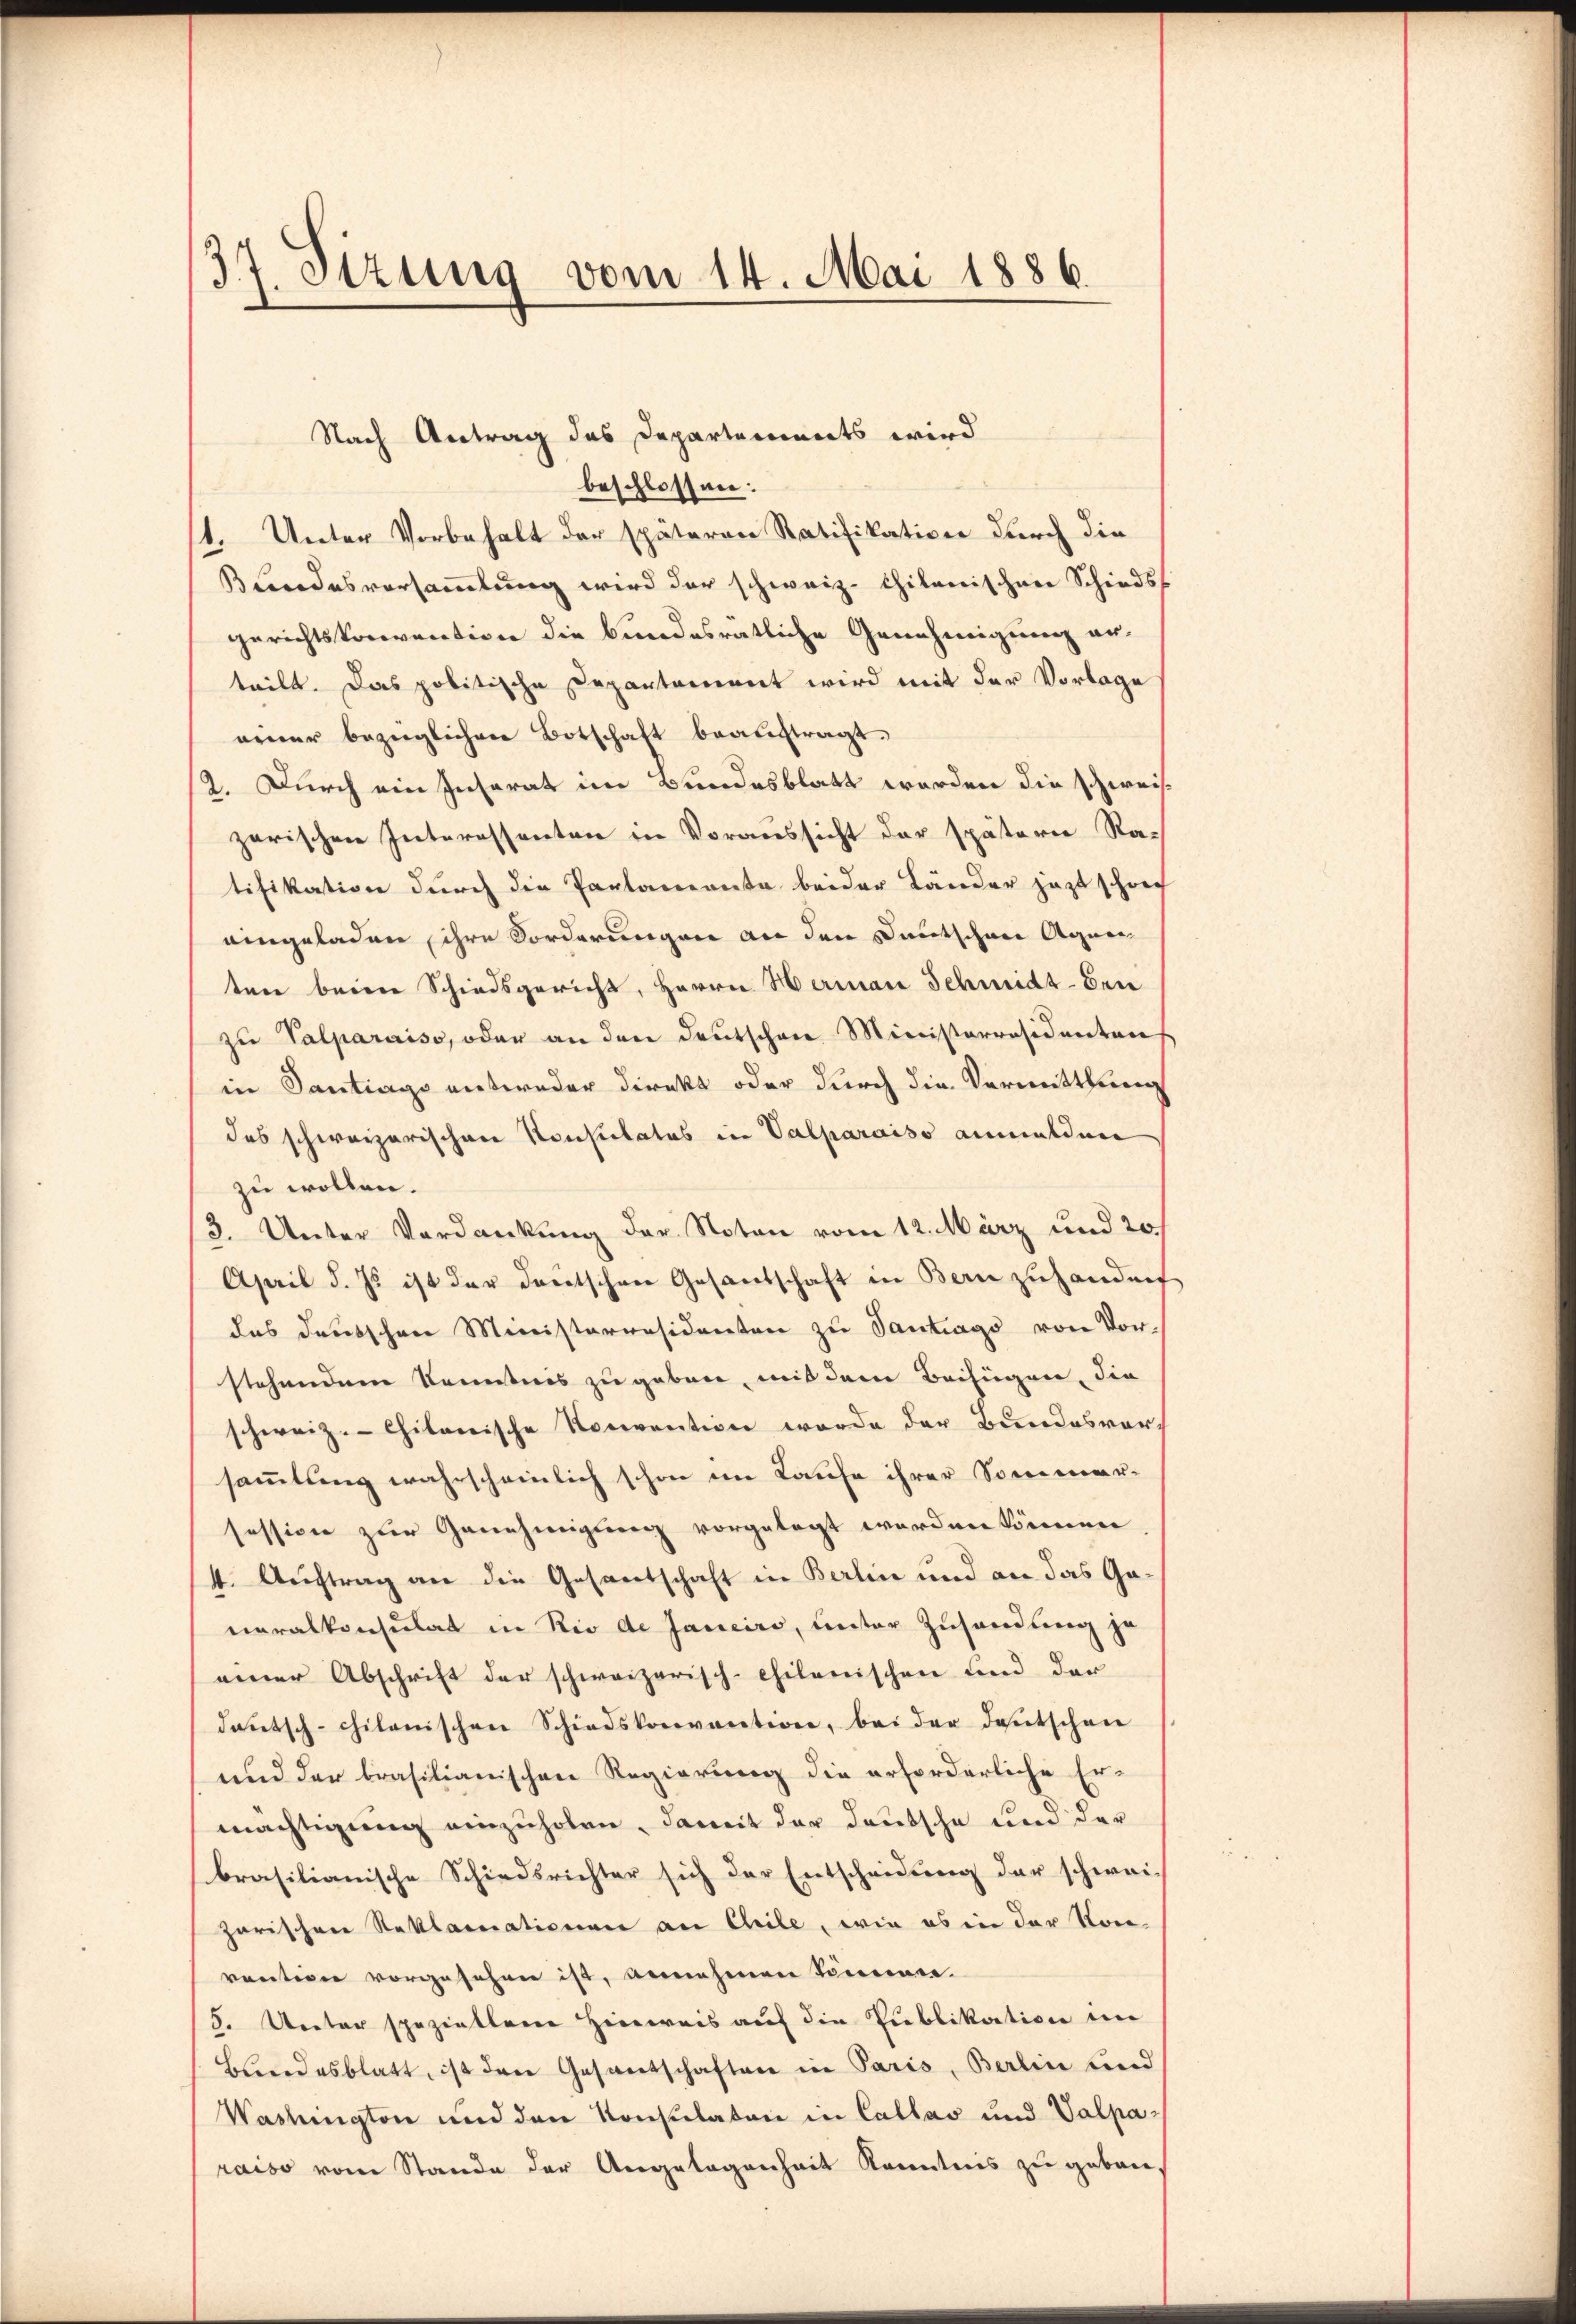
37. Stzung vom 14. Mai 1886.

Nach Antrag des Departennerts wird
beschlossen:
1. Unter Vorbehalt der späteren Ratifikation durch die
Bundesversammlung wird der schweiz. Chikanischen Schiedss
gerichtskonvention die bundesratliche Genehmigung erteilt. Das politische Departement wird mit der Vorlage
einer bezüglichen Botschaft beauftragt.
2. Durch ein Insarat im Bundesblatt werden die schweiszerischen Interessenten in Voraussicht der spätern Ratifikation durch die Parlamonta beider Länder jezt schwer
eingeladen, ihre Forderungen an den Deutschen Agneeten beim Schiedsgericht, Herrn Herman Schmidt-Bei
zŭ Valparaiso, oder an den deutschen Ministerräsidenten
in Santrags entweder Direkt oder durch die Vermittlung
des schweizerischen Konsulates in Valparaiso anmelden
zu wollen.
3. Unter Verdankung der Noten vom 12. März und 20.
April d. Js ist der deutschen Gesandschaft in Bern zuhanden
das deutschen Ministerresidenten zu Santrags von Vorstehendem Kenntnis zu geben, mit dem Beifügen, die
schweiz.-Chilonische Nonvention werde der Bundesvor-
sammlung wahrscheinlich schon im Laufe ihrer Sommer-
fession zur Genehmigung vorgelegt werden können
4. Auftrag an die Gesantschaft in Berlin und an das Ganeralkonsulat in Rio de Janeiro, unter Zusendung zu
einer Abschrift der schweizerisch-chilenischen und der
deutsch-chilanischen Schiedskonvention, bei der deutschen
und der brasilianischen Regierung die erforderliche Er-
mächtigung einzuholen, damit der deutsche und der
brasilianische Schiedsrichter sich der Entscheidung der schwei-
zarischen Reklamationen an Chrile, wie es in der Konvention vorgesehen ist, annehmen kommen.
5. Unter speziellene Hinweis auf die Publikation im
Blindesblatt, ist den Gesantschaften in Paris, Berlin und
Washington und den Konsulaten in Callas und Valparaiso vom Stande der Angelegenheit Kenntnis zu geben